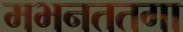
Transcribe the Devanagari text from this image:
मभनततगा